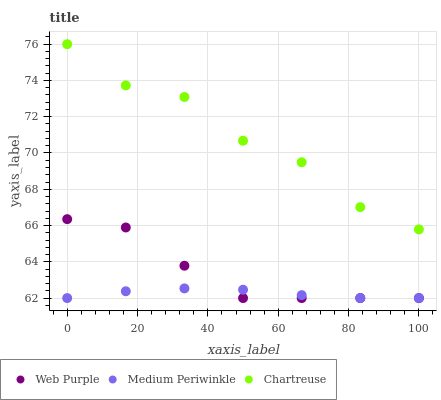
| xaxis_label | Web Purple | Medium Periwinkle | Chartreuse |
 | --- | --- | --- | --- |
 | 0 | 66.4 | 62 | 76 |
 | 16.7 | 65.9 | 62.4 | 73.7 |
 | 33.3 | 63.8 | 62.5 | 73.1 |
 | 50 | 62 | 62.5 | 70.7 |
 | 66.7 | 62 | 62.2 | 69.5 |
 | 83.3 | 62 | 62 | 67 |
 | 100 | 62 | 62 | 65.8 |